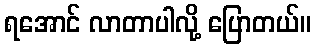
ရအောင် လာတာပါလို့ ပြောတယ်။